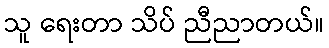
သူ ရေးတာ သိပ် ညီညာတယ်။